Report on vaccination in Madras 1904-1921 - 1904-1921
Year: 1904
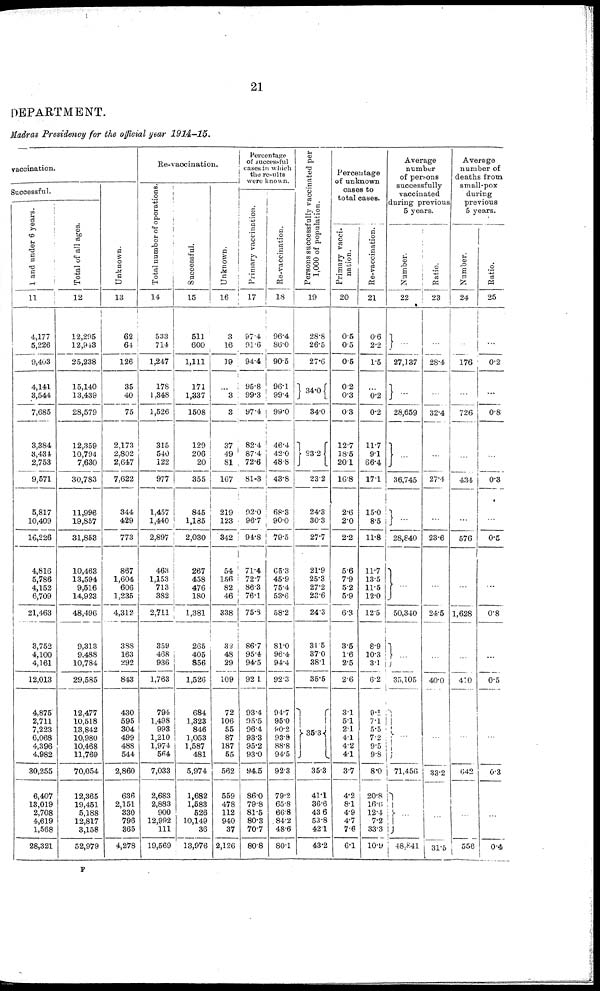
21
DEPARTMENT.
Madras Presidency for the official year 1914-15.
vaccination.
Successful.
1 and under 6 years.
11
4,177
5,226
9,403
4,141
3,544
7,685
3,384
3,434
2,753
9,571
5,817
10,409
16,226
4,816
5,786
4,152
6,709
21,463
3,752
4,100
4,161
12,013
4,875
2,711
7,223
6,068
4,396
4,982
30,255
6,407
13,019
2,708
4,619
1,568
28,321
Total of all ages.
12
12,295
12,943
25,238
15,140
13,439
28,579
12,359
10,794
7,630
30,783
11,996
19,857
31,858
10,463
13,594
9,516
14,923
48,496
9,313
9,488
10,784
29,585
12,477
10,518
13,842
10,980
10,468
11,769
70,054
12,365
19,451
5,188
12,817
3,158
52,979
Unknown.
13
62
64
126
35
40
75
2,173
2,802
2,647
7,622
344
429
773
867
1,604
606
1,235
4,312
388
163
292
843
430
595
304
499
488
544
2,860
636
2,151
330
796
365
4,278
Re-vaccination.
Total number of operations
14
533
714
1,247
178
1,348
1,526
315
540
122
977
1,457
1,440
2,897
463
1,153
713
382
2,711
359
468
936
1,763
794
1,498
993
1,210
1,974
564
7,033
2,683
2,883
900
12,992
111
19,569
Successful.
15
511
600
1,111
171
1,337
1,508
129
206
20
355
845
1,185
2,030
267
458
476
180
1,381
265
405
856
1,526
684
1,323
846
1,053
1,587
481
5,974
1,682
1,583
526
10,149
36
13,976
Unknown.
16
3
16
19
...
3
3
37 .
49
81
167
219
123
342
54
156
82
46
338
32
48
29
109
72
106
55
87
187
55
562
559
478
112
940
37
2,126
Percentage
of successful
cases in which
the results
were known.
Primary vaccination.
17
97.4
91.6
94.4
95.8
99.3
97.4
82.4
87.4
72.6
81.3
92.0
96.7
94.8
71.4
72.7
86.3
76.1
75.3
86.7
95.4
94.5
92.1
93.4
95.5
96.4
93.3
95.2
93.0
94.5
86.0
79.8
81.5
80.3
70.7
80.8
Re-vaccination.
18
96.4
86.0
90.5
96.1
99.4
99.0
46.4
42.0
48.8
43.8
68.3
90.0
79.5
65.3
45.9
75.4
53.6
58.2
81.0
96.4
94.4
92.3
94.7
95.0
90.2
93.8
88.8
94.5
92.3
79.2
65.8
66.8
84.2
48.6
80.1
Persons successfully vaccinated per
1,000 of population.
19
28.8
26.5
27.6
34.0
34.0
23.2
23.2
24.3
30.3
27.7
21.9
25.3
27.2
23.6
24.3
31.5
37.0
38.1
35.5
35.3
35.3
41.1
36.6
43.6
53.8
42.1
43.2
Percentage
of unknown
cases to
total cases.
Primary vacci-
nation.
20
0.5
0.5
0.5
0.2
0.3
0.3
12.7
18.5
20.1
16.8
2.6
2.0
2.2
5.6
7.9
5.2
5.9
6.3
3.5
1.6
2.5
2.6
3.1
5.1
21
4.1
4.2
4.1
3.7
4.2
8.1
4.9
4.7
7.6
6.1
Re-vaccination.
21
0.6
2.2
1.5
...
0.2
0.2
11.7
9.1
66.4
17.1
15.0
8.5
11.8
11.7
13.5
11.5
12.0
12.5
8.9
10.3
3.1
6.2
9.1
7.1
5.5
7.2
9.5
9.8
8.0
20.8
16.6
12.4
7.2
33.3
10.9
Average
number
of persons
successfully
vaccinated
during previous
5 years.
Number.
22
...
27,137
...
28,659
...
36,745
...
28,840
...
50,340
...
35,105
...
71,456
...
48,841
Ratio.
23
...
28.4
...
32.4
...
27.4
...
23.6
...
24.5
...
40.0
...
33.2
...
31.5
Average
number of
deaths from.
small-pox
during
previous
5 years.
Number.
24
...
176
...
726
...
434
...
576
...
1,628
...
410
...
642
...
556
Ratio.
25
...
0.2
...
0.8
...
0.3
...
0.5
...
0.8
...
0.5
...
0.3
...
0.4
F